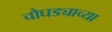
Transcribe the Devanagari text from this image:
चौघड्याच्या